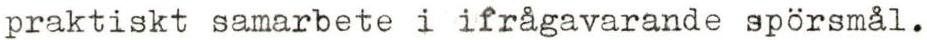
praktiskt samarbete i ifrågavarande spörsmål.